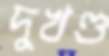
দুখণ্ড